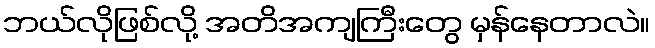
ဘယ်လိုဖြစ်လို့ အတိအကျကြီးတွေ မှန်နေတာလဲ။